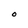
Character: O